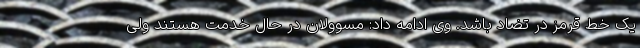
یک خط قرمز در تضاد باشد. وی ادامه داد: مسوولان در حال خدمت هستند ولی